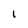
Character: l